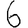
Digit: 6